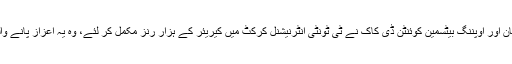
22 ستمبر2019ء) جنوبی افریقن ٹیم کے کپتان اور اوپننگ بیٹسمین کوئنٹن ڈی کاک نے ٹی ٹونٹی انٹرنیشنل کرکٹ میں کیریئر کے ہزار رنز مکمل کر لئے، وہ یہ اعزاز پانے والے چھٹے جنوبی افریقن بلے باز بن گئے ہیں۔